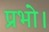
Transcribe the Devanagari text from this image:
प्रभो।